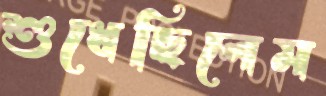
শুধেছিলেম